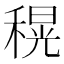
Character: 𮃜